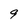
Character: 9